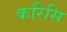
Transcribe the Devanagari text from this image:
करिसि